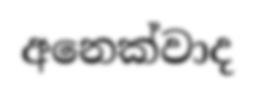
අනෙක්වාද